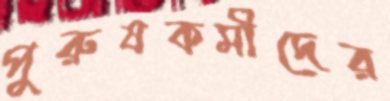
পুরুষকর্মীদের